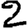
Digit: 2